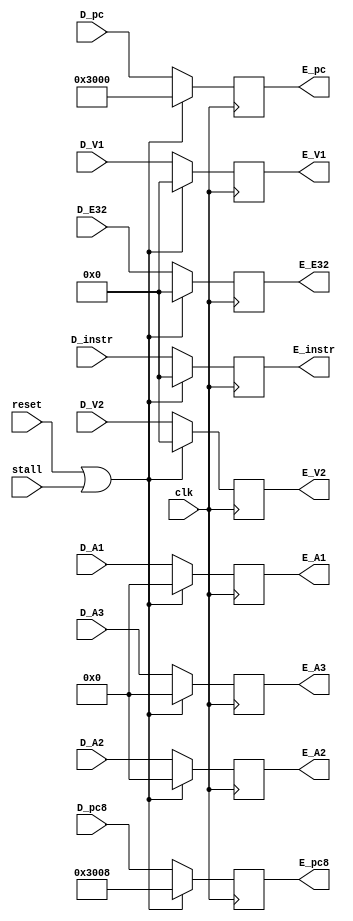
module E_Reg (
    //input
    input clk,
    input reset,
    input stall,
    input [31:0] D_instr,
    input [4:0] D_A1,
    input [4:0] D_A2,
    input [4:0] D_A3,
    input [31:0] D_V1,
    input [31:0] D_V2,
    input [31:0] D_pc,
    input [31:0] D_pc8,
    input [31:0] D_E32,
    //output
    output [31:0] E_instr,
    output [4:0] E_A1,
    output [4:0] E_A2,
    output [4:0] E_A3,
    output [31:0] E_V1,
    output [31:0] E_V2,
    output [31:0] E_E32,
    output [31:0] E_pc8,
    output [31:0] E_pc
);

    //temp
    reg [31:0] E_instr_reg,E_V1_reg,E_V2_reg,E_E32_reg,E_pc8_reg,E_pc_reg ;
    reg [4:0] E_A1_reg,E_A2_reg,E_A3_reg ;
	 reg [1:0] E_cmp1_Fwd_reg;
	 reg [1:0] E_cmp2_Fwd_reg;
    

    always @(posedge clk ) begin
        if (reset || stall) begin
            E_instr_reg <= 32'h0000_0000;
            E_V1_reg <= 32'h0000_0000;
            E_V2_reg <= 32'h0000_0000;
            E_E32_reg <= 32'h0000_0000;
            E_pc8_reg <= 32'h0000_3008;
            E_pc_reg <= 32'h0000_3000;
            E_A1_reg <= 5'b00000;
            E_A2_reg <= 5'b00000;
            E_A3_reg <= 5'b00000;
        end
        else begin
            E_instr_reg <= D_instr;
            E_V1_reg <= D_V1;
            E_V2_reg <= D_V2;
            E_E32_reg <= D_E32;
            E_pc8_reg <= D_pc8;
            E_pc_reg <= D_pc;
            E_A1_reg <= D_A1;
            E_A2_reg <= D_A2;
            E_A3_reg <= D_A3;
        end
    end

    assign E_instr = E_instr_reg;
    assign E_V1 = E_V1_reg;
    assign E_V2 = E_V2_reg;
    assign E_E32 = E_E32_reg;
    assign E_pc8 = E_pc8_reg;
    assign E_pc = E_pc_reg;
    assign E_A1 = E_A1_reg;
    assign E_A2 = E_A2_reg;
    assign E_A3 = E_A3_reg;

endmodule